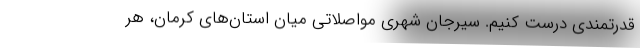
قدرتمندی درست کنیم. سیرجان شهری مواصلاتی میان استان‌های کرمان، هر